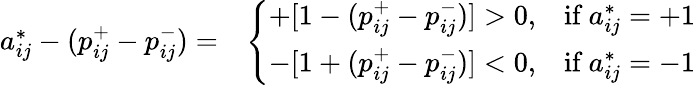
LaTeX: \begin{array}{rl}{a_{ij}^{*}-(p_{ij}^{+}-p_{ij}^{-})=}&{\left\{ \begin{array}{ll}{+[1-(p_{ij}^{+}-p_{ij}^{-})]>0,}&{\mathrm{if}\: a_{ij}^{*}=+1}\\ {-[1+(p_{ij}^{+}-p_{ij}^{-})]<0,}&{\mathrm{if}\: a_{ij}^{*}=-1}\end{array}\right.}\end{array}